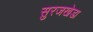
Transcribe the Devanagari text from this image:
सुरजखेडा